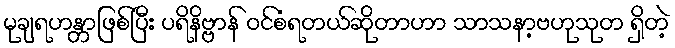
မုချရဟန္တာဖြစ်ပြီး ပရိနိဗ္ဗာန် ဝင်စံရတယ်ဆိုတာဟာ သာသနာ့ဗဟုသုတ ရှိတဲ့